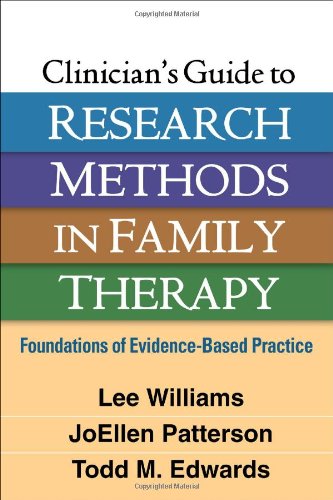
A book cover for Clinician's Guide to Research Methods in Family Therapy: Foundations of Evidence-Based Practice; Lee Williams PhD  LMFT; Medical Books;